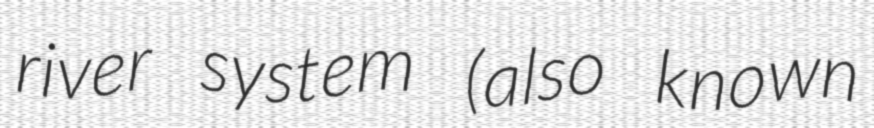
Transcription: river system (also known